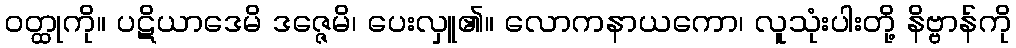
ဝတ္ထုကို။ ပဋိယာဒေမိ ဒဇ္ဇေမိ၊ ပေးလှူ၏။ လောကနာယကော၊ လူသုံးပါးတို့ နိဗ္ဗာန်ကို